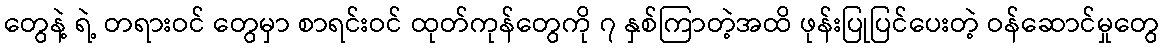
တွေနဲ့ ရဲ့ တရားဝင် တွေမှာ စာရင်းဝင် ထုတ်ကုန်တွေကို ၇ နှစ်ကြာတဲ့အထိ ဖုန်းပြုပြင်ပေးတဲ့ ဝန်ဆောင်မှုတွေ